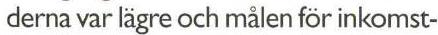
derna var lägre och målen för inkomst-